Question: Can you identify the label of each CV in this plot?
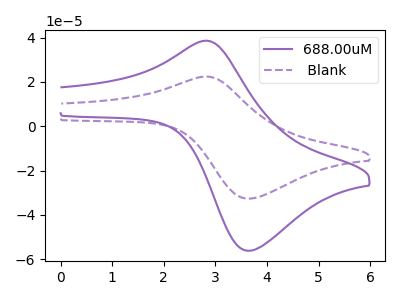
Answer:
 <answer>The purple curve is labeled "688.00uM". The purple dashed curve is labeled " Blank".</answer>
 <eval></eval>